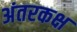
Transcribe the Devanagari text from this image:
अंतरकक्ष